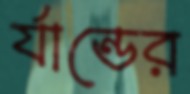
র‍্যান্ডের